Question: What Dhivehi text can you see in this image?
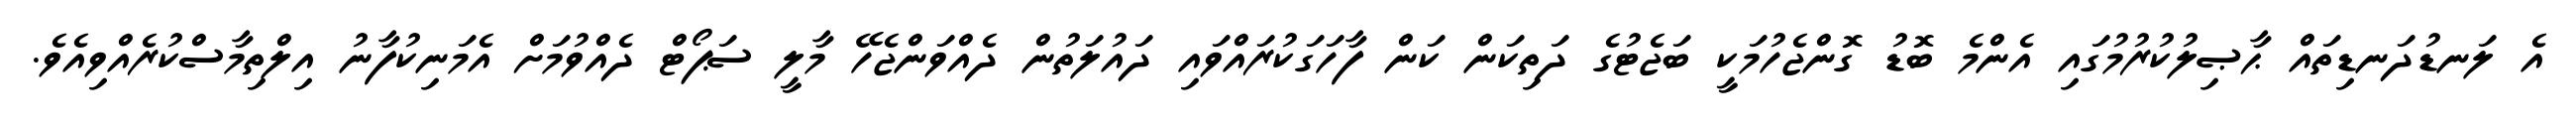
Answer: އެ ލަނޑުދަނޑިތައް ޙާޞިލުކުރުމުގައި އެންމެ ބޮޑު ގޮންޖެހުމަކީ ބަޖެޓުގެ ދަތިކަން ކަން ފާހަގަކުރައްވައި ދައުލަތުން ދެއްވަންޖެހޭ މާލީ ސަޕޯޓް ދެއްވުމަށް އެމަނިކުފާނު އިލްތިމާސްކުރެއްވިއެވެ.